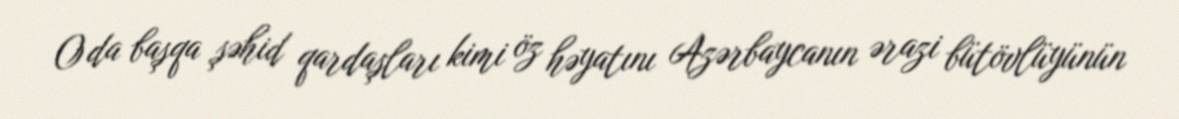
O da başqa şəhid qardaşları kimi öz həyatını Azərbaycanın ərazi bütövlüyünün